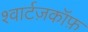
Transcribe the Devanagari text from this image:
श्वार्टज़कॉफ़